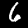
Digit: 6